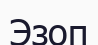
Эзоп